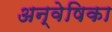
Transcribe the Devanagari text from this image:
अन्वेषिका